Annual report on the health of the army in India
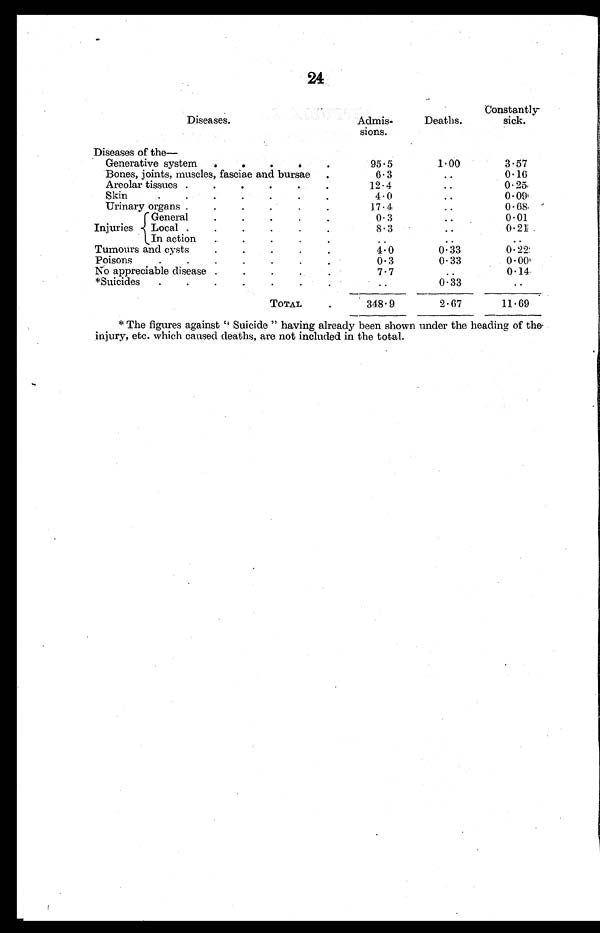
24
Diseases.
Admis-
sions.
Deaths.
Constantly-
sick.
Diseases of the–
Generative system .
.
.
.
95.5
1.00
3.57
Bones, joints, muscles, fasciae and bursae
6.3
..
0.16
Areolar tissues .
Skin . . . . . . .
12.4
4.0
..
0.25,
0 .09
Urinary organs .
17.4
0.68.
Injuries
{ G e n e r a l
L o c a l
0 . 3
8 . 3
0.01
0.21
In action
..
..
..
Tumours and cysts
4.0
0.33
0 . 2 2
Poisons
.
.
0.3
0.33
0 . 00
No appreciable disease
7.7
..
0.14
*Suicides
.
0.33
TOTAL
348.9
2.67
11.69
* The figures against " Suicide " having already been shown under the heading of the
injury, etc. which caused deaths, are not included in the total.